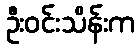
ဦးဝင်းသိန်းက